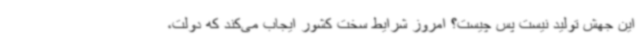
این جهش تولید نیست پس چیست؟ امروز شرایط سخت کشور ایجاب می‌کند که دولت،